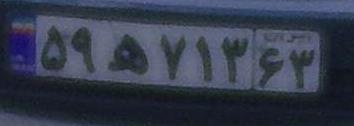
۵۹ه۷۱۳۶۳